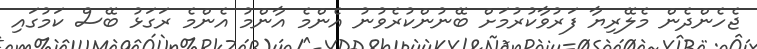
ޖެހެންދެން މެލޭރިޔާ ފަރުވާކުރުމަށް ބޭނުންކުރެވުނު އެންމެ އާންމު އެންމެ ރަގަޅު ބޭސް ކަމުގައި